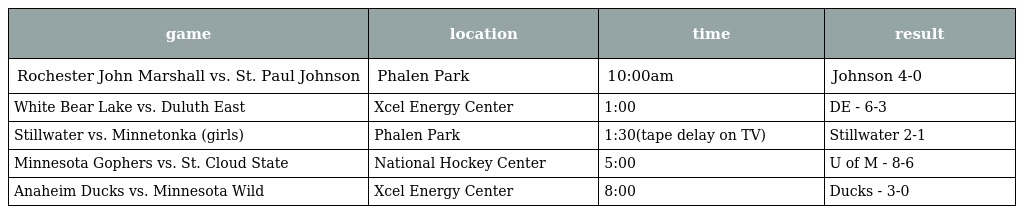
| game | location | time | result |
 | --- | --- | --- | --- |
 | Rochester John Marshall vs. St. Paul Johnson | Phalen Park | 10:00am | Johnson 4-0 |
 | White Bear Lake vs. Duluth East | Xcel Energy Center | 1:00 | DE - 6-3 |
 | Stillwater vs. Minnetonka (girls) | Phalen Park | 1:30(tape delay on TV) | Stillwater 2-1 |
 | Minnesota Gophers vs. St. Cloud State | National Hockey Center | 5:00 | U of M - 8-6 |
 | Anaheim Ducks vs. Minnesota Wild | Xcel Energy Center | 8:00 | Ducks - 3-0 |